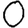
Digit: 0